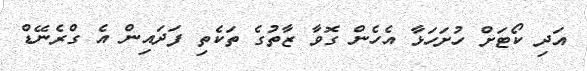
އަދި ކޯޓަށް ހުށަހަޅާ އެހެން ގޮވާ ޒާތުގެ ތަކެތި ފަދައިން އެ ގްރެނޭޑް